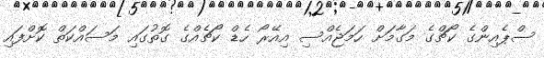
ސްޕެއިންގެ ކޯޗްގެ މަގާމަށް ހަމަޖެއްސި އިއޭރޯ ހެޑް ކޯޗެއްގެ ގޮތުގައި މަސައްކަތް ކޮށްފައި